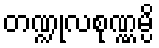
တဏ္ဍုလစုဏ္ဏမ္ပိ